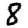
Digit: 8